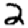
Digit: 2